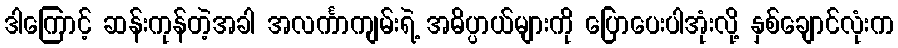
ဒါကြောင့် ဆန်းကုန်တဲ့အခါ အလင်္ကာကျမ်းရဲ့ အဓိပ္ပာယ်များကို ပြောပေးပါအုံးလို့ နှစ်ချောင်လုံးက